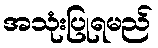
အသုံးပြုရမည်